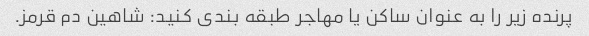
پرنده زیر را به عنوان ساکن یا مهاجر طبقه بندی کنید: شاهین دم قرمز.